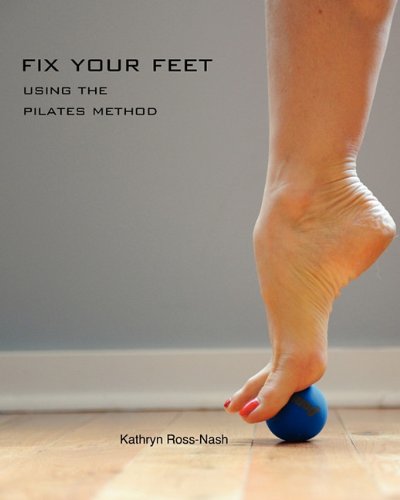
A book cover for Fix Your Feet- Using the Pilates Method; Kathryn M Ross-Nash; Health, Fitness & Dieting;